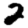
Digit: 2